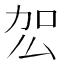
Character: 𭄢